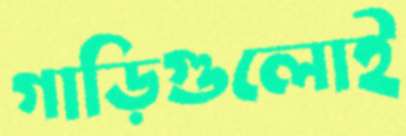
গাড়িগুলোই